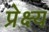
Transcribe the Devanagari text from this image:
प्रेक्ष्य